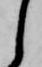
し